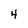
Character: 4